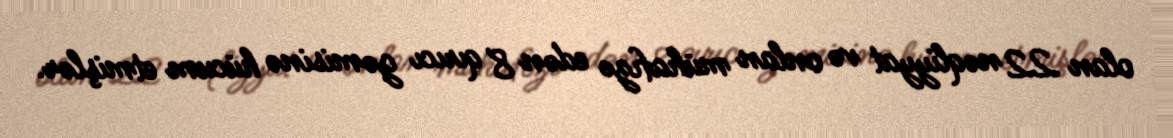
olan 22 nəqliyyat və onlan mühafızə edən 8 qırıcı gəmisinə hücum etmişlər.